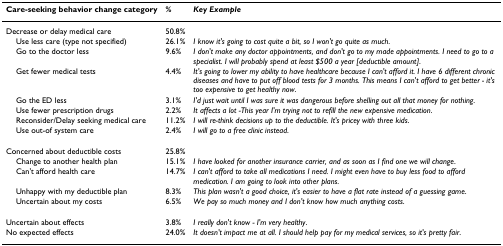
<table><thead><tr><td><b>Care-seeking behavior change category</b></td><td><b>%</b></td><td><b><i>Key Example</i></b></td></tr></thead><tbody><tr><td>Decrease or delay medical care</td><td>50.8%</td><td></td></tr><tr><td> Use less care (type not specified)</td><td>26.1%</td><td><i>I know it&#x27;s going to cost quite a bit, so I won&#x27;t go quite as much</i>.</td></tr><tr><td> Go to the doctor less</td><td>9.6%</td><td><i>I don&#x27;t make any doctor appointments, and don&#x27;t go to my made appointments. I need to go to a specialist. I will probably spend at least $500 a year [deductible amount]</i>.</td></tr><tr><td> Get fewer medical tests</td><td>4.4%</td><td><i>It&#x27;s going to lower my ability to have healthcare because I can&#x27;t afford it. I have 6 different chronic diseases and have to put off blood tests for 3 months. This means I can&#x27;t afford to get better - it&#x27;s too expensive to get healthy now</i>.</td></tr><tr><td> Go the ED less</td><td>3.1%</td><td><i>I&#x27;d just wait until I was sure it was dangerous before shelling out all that money for nothing</i>.</td></tr><tr><td> Use fewer prescription drugs</td><td>2.2%</td><td><i>It affects a lot -This year I&#x27;m trying not to refill the new expensive medication</i>.</td></tr><tr><td> Reconsider/Delay seeking medical care</td><td>11.2%</td><td><i>I will re-think decisions up to the deductible. It&#x27;s pricey with three kids</i>.</td></tr><tr><td> Use out-of system care</td><td>2.4%</td><td><i>I will go to a free clinic instead</i>.</td></tr><tr><td>Concerned about deductible costs</td><td>25.8%</td><td></td></tr><tr><td> Change to another health plan</td><td>15.1%</td><td><i>I have looked for another insurance carrier, and as soon as I find one we will change</i>.</td></tr><tr><td> Can&#x27;t afford health care</td><td>14.7%</td><td><i>I can&#x27;t afford to take all medications I need. I might even have to buy less food to afford medication. I am going to look into other plans</i>.</td></tr><tr><td> Unhappy with my deductible plan</td><td>8.3%</td><td><i>This plan wasn&#x27;t a good choice, it&#x27;s easier to have a flat rate instead of a guessing game</i>.</td></tr><tr><td> Uncertain about my costs</td><td>6.5%</td><td><i>We pay so much money and I don&#x27;t know how much anything costs</i>.</td></tr><tr><td>Uncertain about effects</td><td>3.8%</td><td><i>I really don&#x27;t know - I&#x27;m very healthy</i>.</td></tr><tr><td>No expected effects</td><td>24.0%</td><td><i>It doesn&#x27;t impact me at all. I should help pay for my medical services, so it&#x27;s pretty fair</i>.</td></tr></tbody></table>